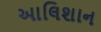
આલિશાન